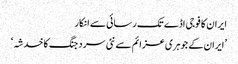
ایران کا فوجی اڈے تک رسائی سے انکار
’ایران کے جوہری عزائم سے نئی سرد جنگ کا خدشہ‘